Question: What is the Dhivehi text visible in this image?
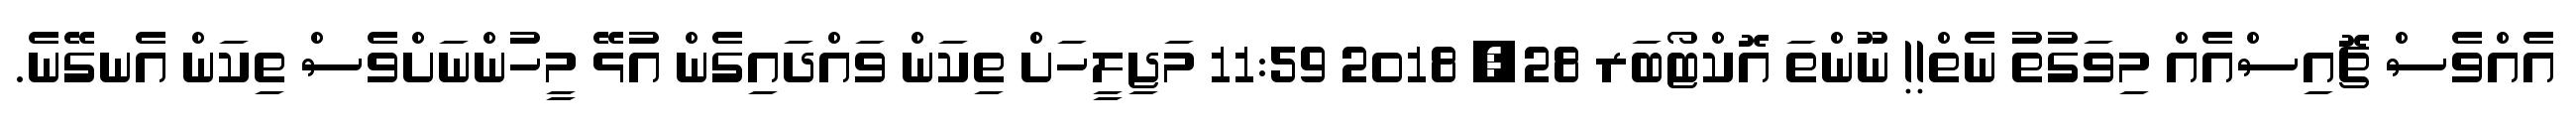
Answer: އެއްވެސް ޗޮއިސްއެއް މިވަގުތު ނެތް!! ނޫންތަ އޮކްޓޯބަރ 28, 2018 11:59 މަޖިލީހަށް ތިކަން ވައްދައިގެން އުޅޭ މީހުންނަށްވެސް ތިކަން އެނގޭނެ.